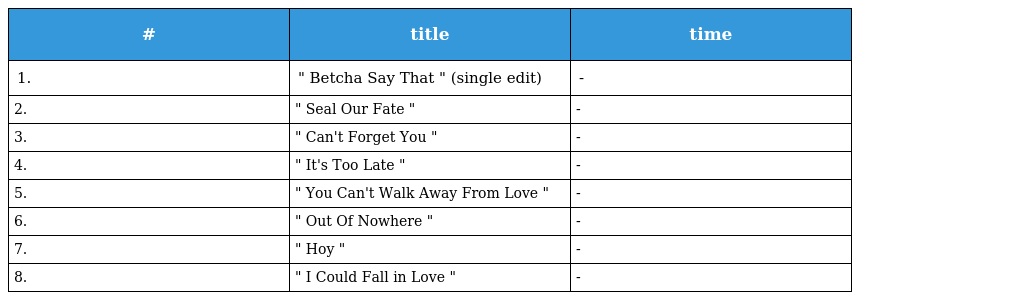
| # | title | time |
 | --- | --- | --- |
 | 1. | " Betcha Say That " (single edit) | - |
 | 2. | " Seal Our Fate " | - |
 | 3. | " Can't Forget You " | - |
 | 4. | " It's Too Late " | - |
 | 5. | " You Can't Walk Away From Love " | - |
 | 6. | " Out Of Nowhere " | - |
 | 7. | " Hoy " | - |
 | 8. | " I Could Fall in Love " | - |